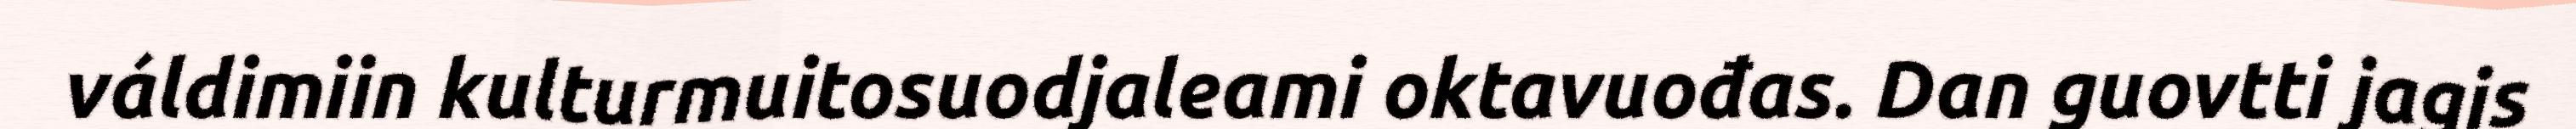
váldimiin kulturmuitosuodjaleami oktavuođas. Dan guovtti jagis